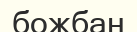
божбан